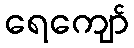
ရေကျော်